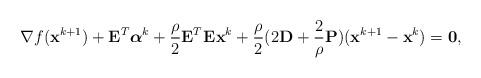
LaTeX: \begin{align*}\nabla f(\mathbf{x}^{k+1}) + \mathbf{E}_{}^T\boldsymbol{\alpha}^k + \frac{\rho}{2}\mathbf{E}_{}^T\mathbf{E}_{}\mathbf{x}^k + \frac{\rho}{2}(2\mathbf{D} + \frac{2}{\rho} \mathbf{P})(\mathbf{x}^{k+1} - \mathbf{x}^k) = \mathbf{0},\end{align*}